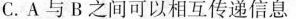
C.A与B之间可以相互传递信息